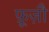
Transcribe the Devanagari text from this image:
फ़ूज़ौ